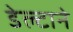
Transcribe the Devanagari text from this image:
डेल्टाने